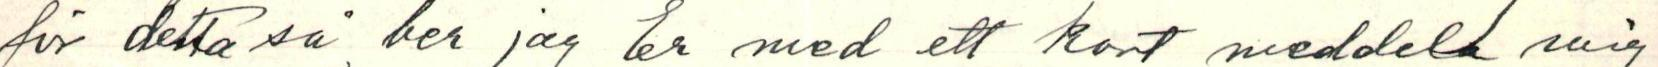
för detta så ber jag er med ett kort meddela mig